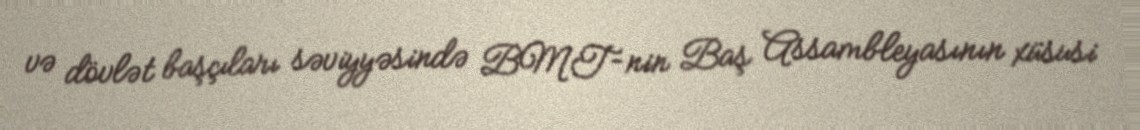
və dövlət başçıları səviyyəsində BMT-nin Baş Assambleyasının xüsusi